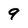
Character: 9